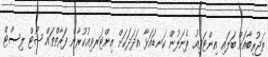
ތަޖުރިބާއަށް ބަލައި އިންޓަވިއު ޕެނަލުން ކަނޑައަޅާ އަދަދަކަށް އިންޓަރވިއުކުރާނެ ފަރާތްތައް ޝޯޓް ލިސްޓް